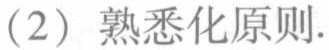
（2）熟悉化原则.